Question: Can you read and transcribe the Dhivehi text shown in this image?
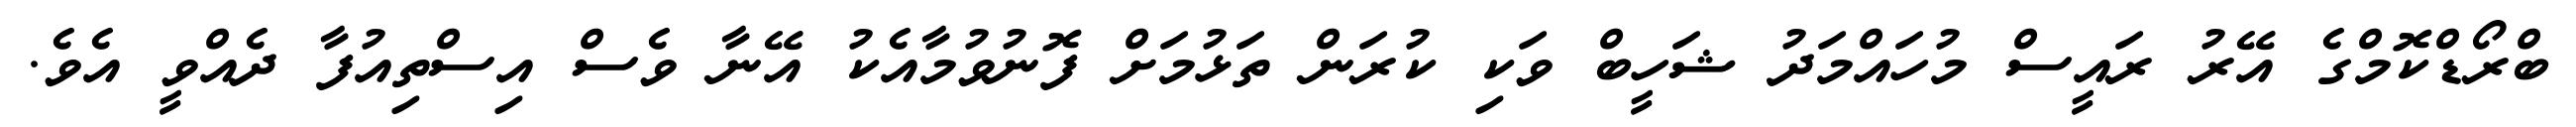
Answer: ބްރޯޑްކޮމްގެ އޭރު ރައީސް މުހައްމަދު ޝަހީބް ވަކި ކުރަން ތަޅުމަށް ފޮނުވުމާއެކު އޭނާ ވެސް އިސްތިއުފާ ދެއްވީ އެވެ.